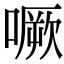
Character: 噘